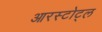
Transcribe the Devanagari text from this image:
आरस्टोट्ल